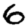
Digit: 6